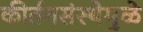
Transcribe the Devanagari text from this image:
कीर्तनसंस्थेमुळे